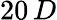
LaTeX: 20\, D